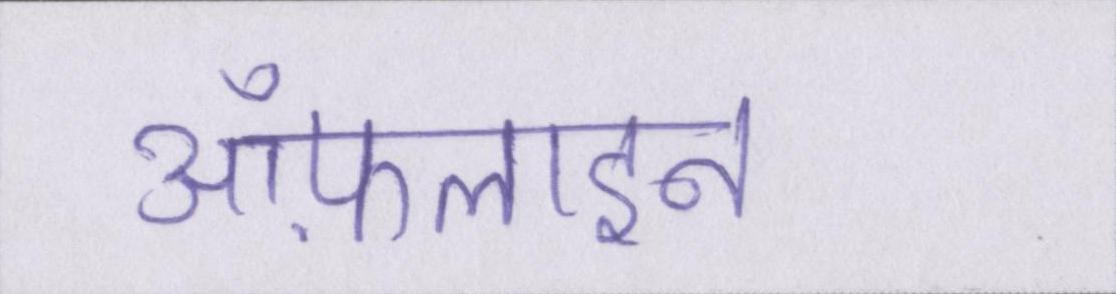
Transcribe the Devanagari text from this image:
ऑफ़लाइन